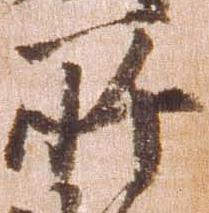
所